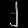
Digit: ၂